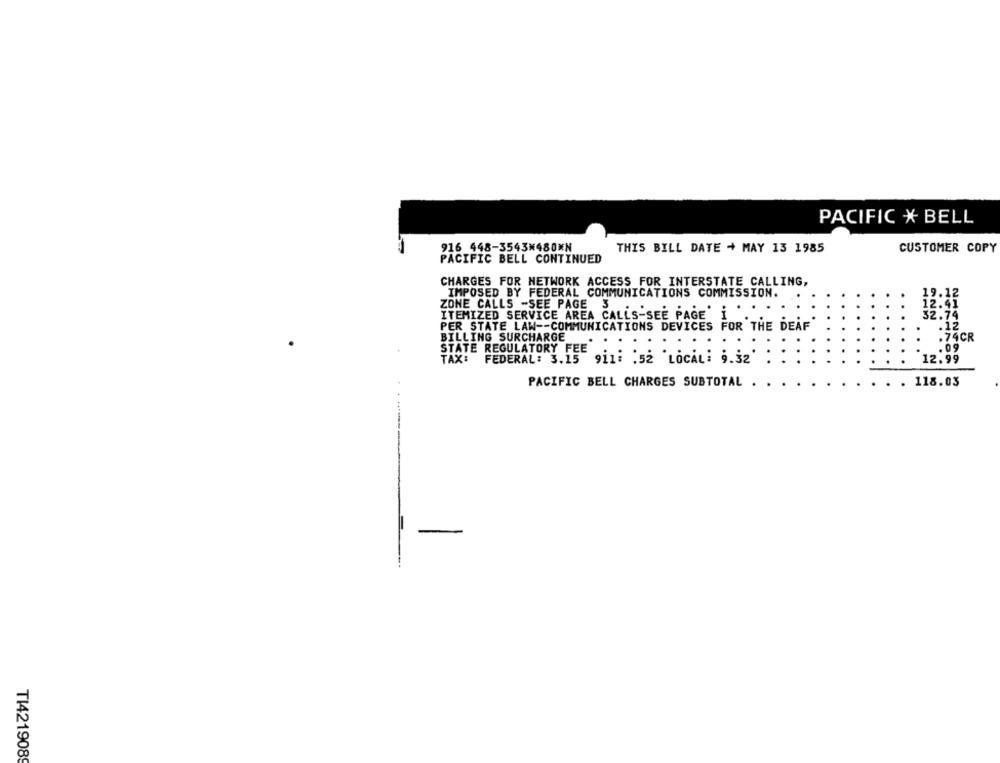
PACIFIC * BELL
916 448-3543₭480*N
THIS BILL DATE + MAY 13 1985
CUSTOMER COPY
PACIFIC BELL CONTINUED
CHARGES FOR NETWORK ACCESS FOR INTERSTATE CALLING,
IMPOSED BY FEDERAL COMMUNICATIONS COMMISSION.
19.12
ZONE CALLS -SEE PAGE 3
12.41
ITEMIZED SERVICE AREA CALLS-SEE PAGE' i
32.74
PER STATE LAW -- COMMUNICATIONS DEVICES FOR THE DEAF
.12
BILLING SURCHARGE
.74CR
STATE REGULATORY FEE
.09
TAX:
FEDERAL: 3.15
12.99
9i1: : 52 'LOCAL: 9.32'
PACIFIC BELL CHARGES SUBTOTAL .
118.03
TI4219089